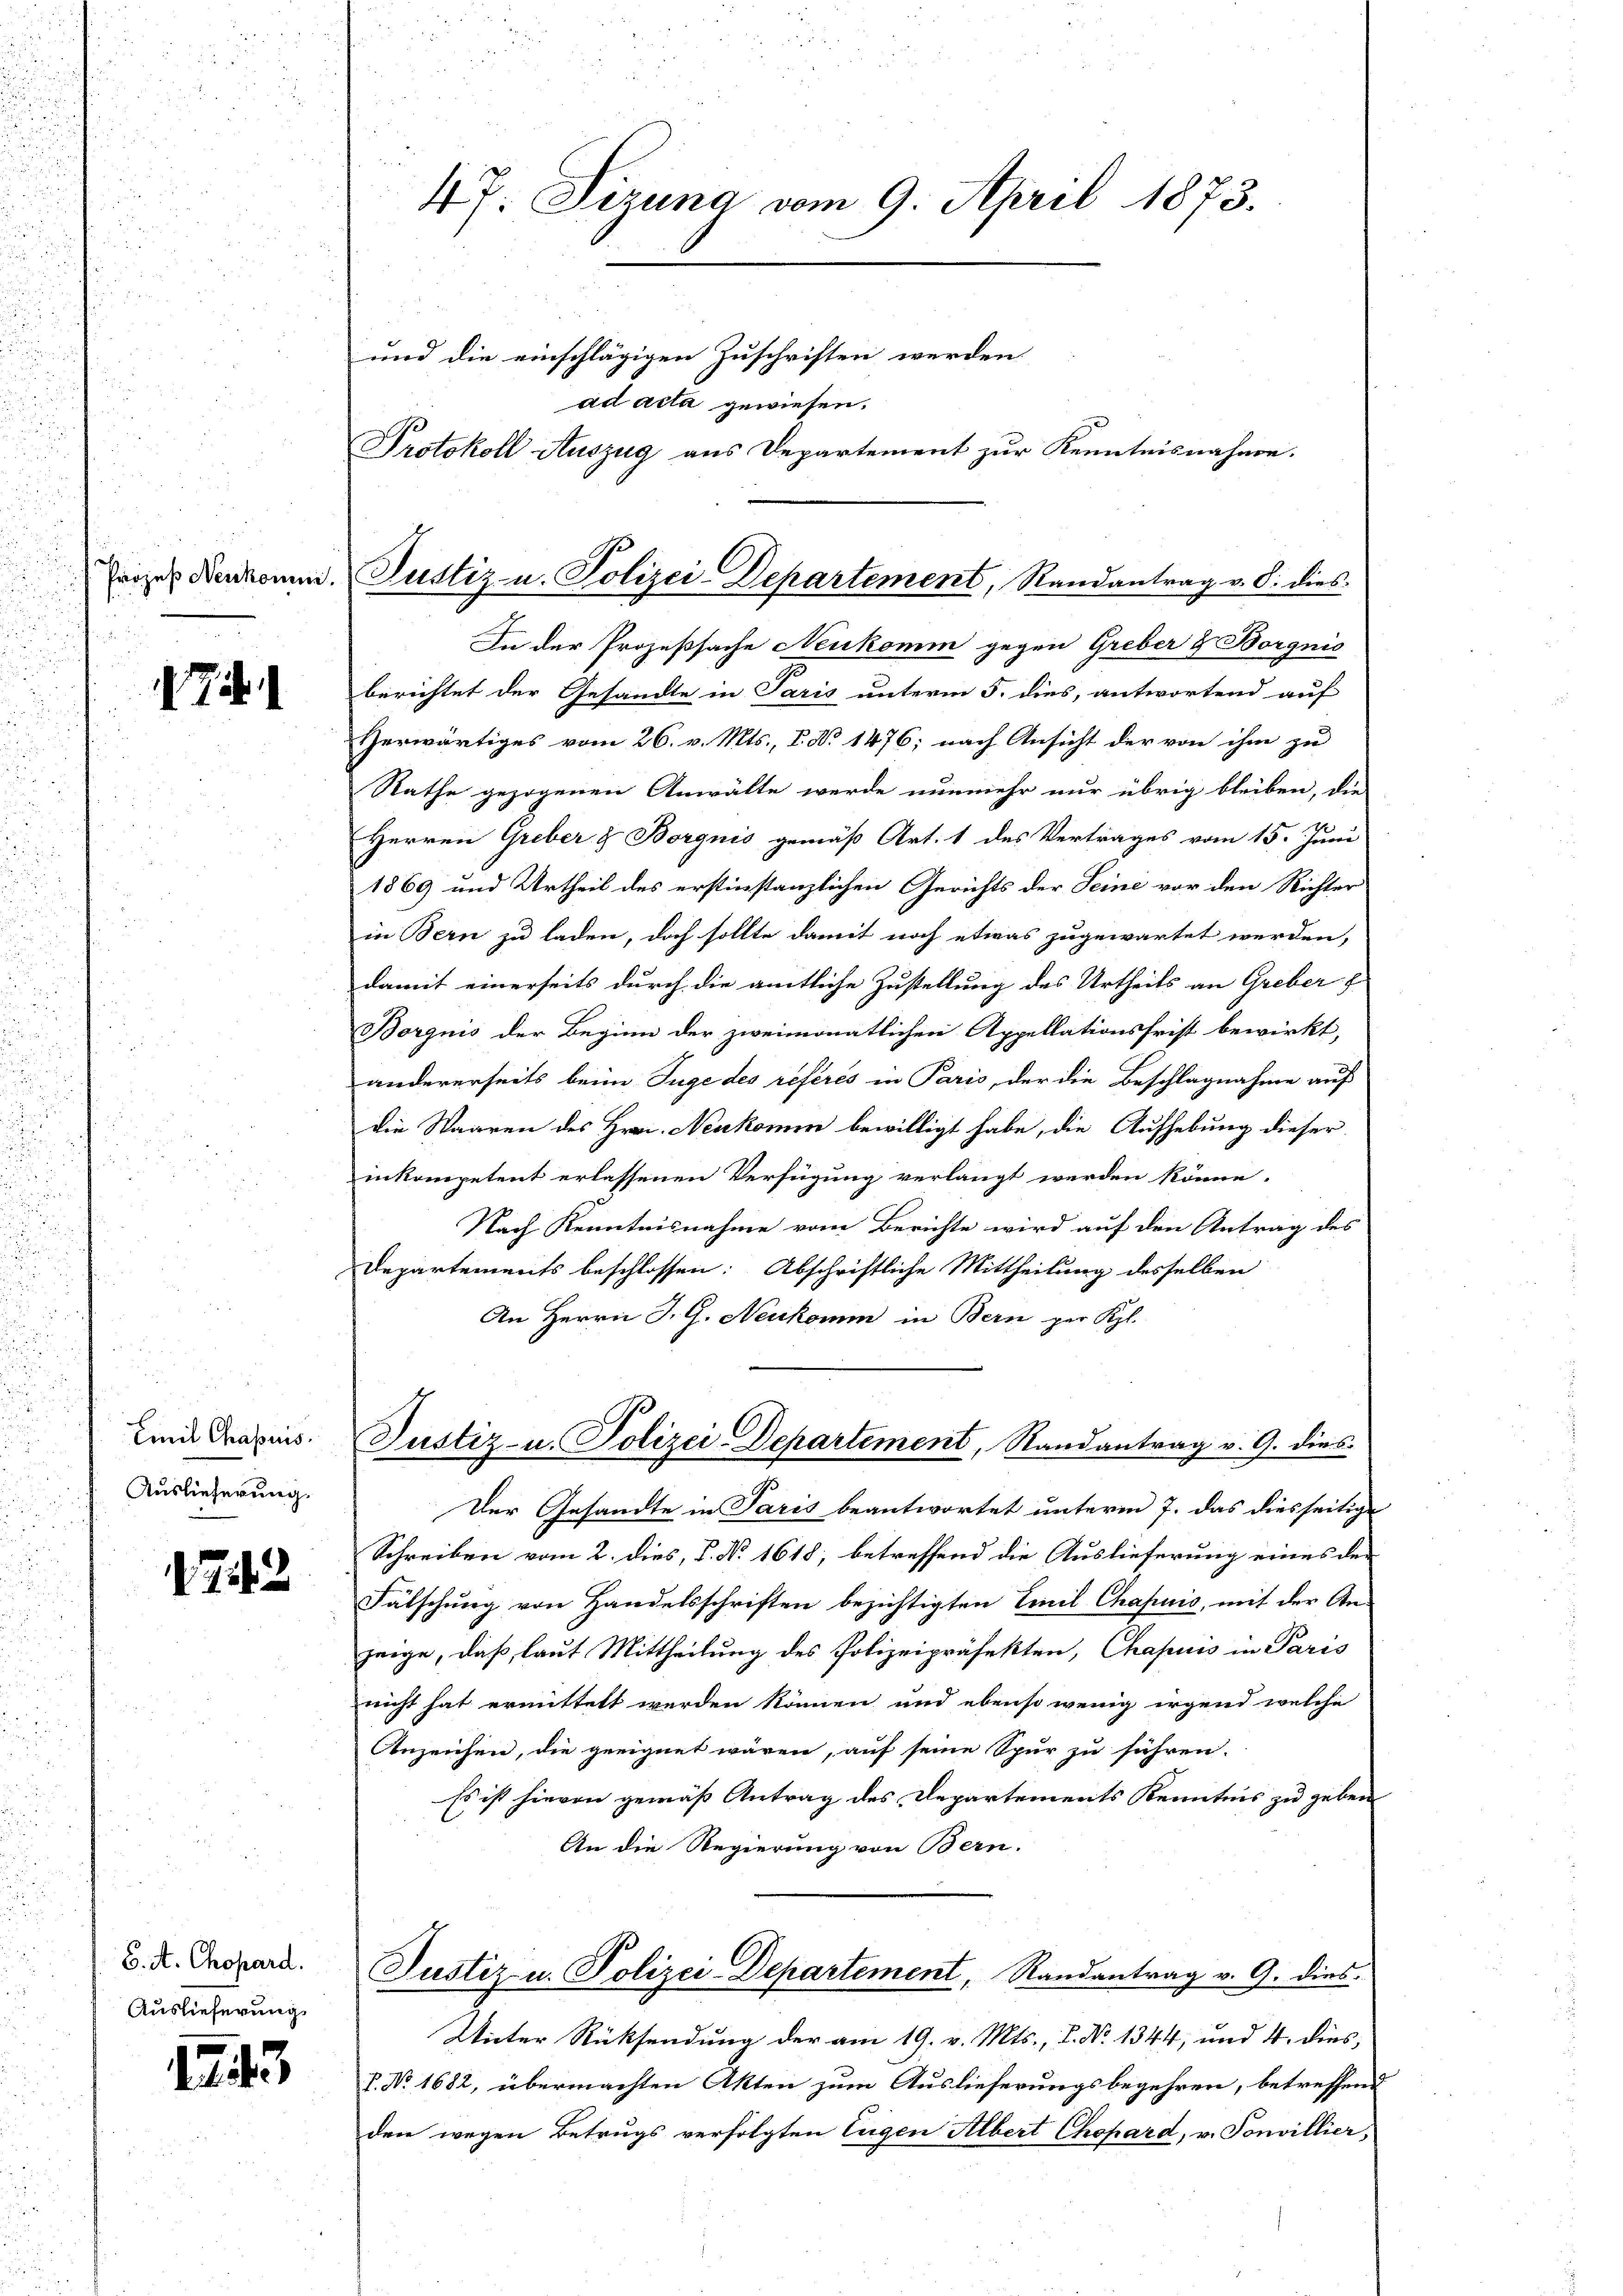
Prozeß Neukommi

Emil Chapuis.
Auslieferung.

1743

6. A. Chopard.
Auslieferung.

12

s

4f. Sizung vom 9. April 1873.
und die einschlägigen Zuschriften werden
ad acta gewiesen.
Protokoll Auszug aus Departement zur Kenntnisnahme.

In der Prozeßsache Neukomm gegen Greber & Borgnis
berichtet der Gesandte in Paris unterm 5. dies, antwortend auf
Verwärtiges vom 26. v. Mts., P. No 1476; nach Ansicht der von ihm zu
Rathe gezogenen Anwälte werde nunmehr nur übrig bleiben, die
Herren Greber & Borgnis gemäß Art. 1 des Vertrages vom 15. Juni
1869 und Urtheil des erstinstanzlichen Gerichts der Seine vor den Richter
in Bern zu laden, doch sollte damit noch etwas zugewartet werden,
damit einerseits durch die amtliche Zustellung des Urtheils an Greber
Borgnis der Beginn der zweimonatlichen Appellationsfrist bewirkt,
andererseits beim Tuge des référés in Paris, der die Beschlagnahme auf
die Waaren des Hrn. Neukomm bewilligt habe, die Aufhebung dieser
inkompetent erlassenen Verfügung verlangt werden könne.
Nach Kenntnisnahme vom Berichte wird auf den Antrag des
Departements beschlossen: Abschriftliche Mittheilung desselben
An Herrn J. G. Neukomm in Bern per Kgl.
Justiz- u. Polizei-Departement, Randantrag v. 9. dies
Der Gesandte in Paris beantwortet unterm 7. das diesseitige
Schreiben vom 2. dies, P. No 1618; betreffend die Auslieferung eines den
Fälschung von Handelsschriften bezichtigten Emil Chapuis, mit der Anzeige, daß, laut Mittheilung des Polizeipräsekten, Chapuis in Paris
nicht hat ermittelt werden können und ebenso wenig irgend welche
Anzeichen, die geeignet wären, auf seine Spur zu führen.
Es ist hievon gemäss Antrag des Departements Kenntnis zu geben
An die Regierung von Bern.
Justiz u. Polizei Departement, Randantrag v. 9. dies
Wieter Rücksendung der am 19. v. Mts., P. No 1344, und 4. dies,
P. Nr. 1682, übermachten Akten zum Auslieferungsbegehren, betreffend
den wegen Betrugs verfolgten Eugen Albert Chopard, v. Tonvillier,

Justiz- u. Polizei-Departement, Randantrag v. 8. dies